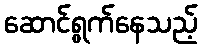
ဆောင်ရွက်နေသည့်